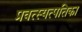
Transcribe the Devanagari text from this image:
प्रवत्स्यत्पतिका